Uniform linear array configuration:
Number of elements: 64
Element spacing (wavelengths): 0.5
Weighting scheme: uniform
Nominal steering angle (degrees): -60
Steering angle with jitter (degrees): -60.334
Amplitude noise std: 0.05
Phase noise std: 0.05

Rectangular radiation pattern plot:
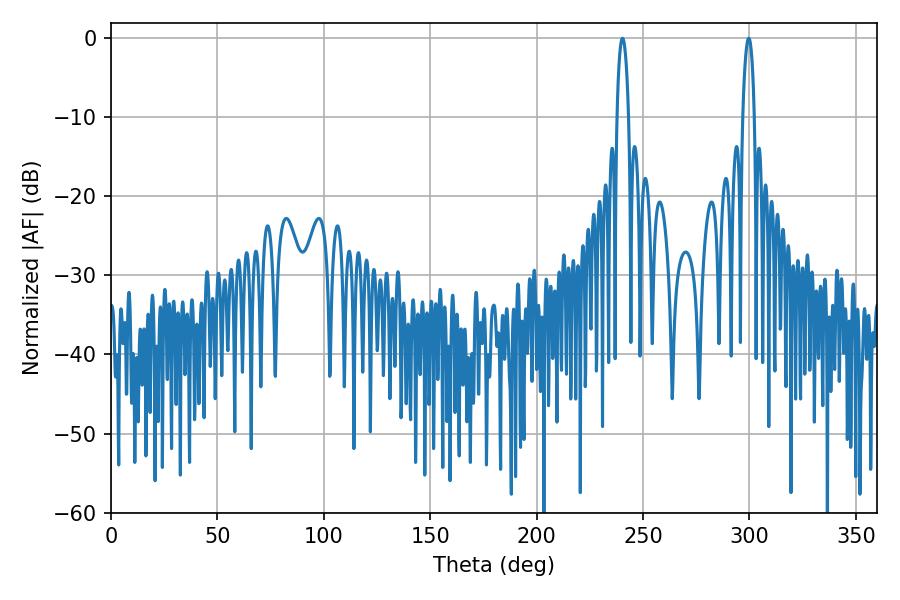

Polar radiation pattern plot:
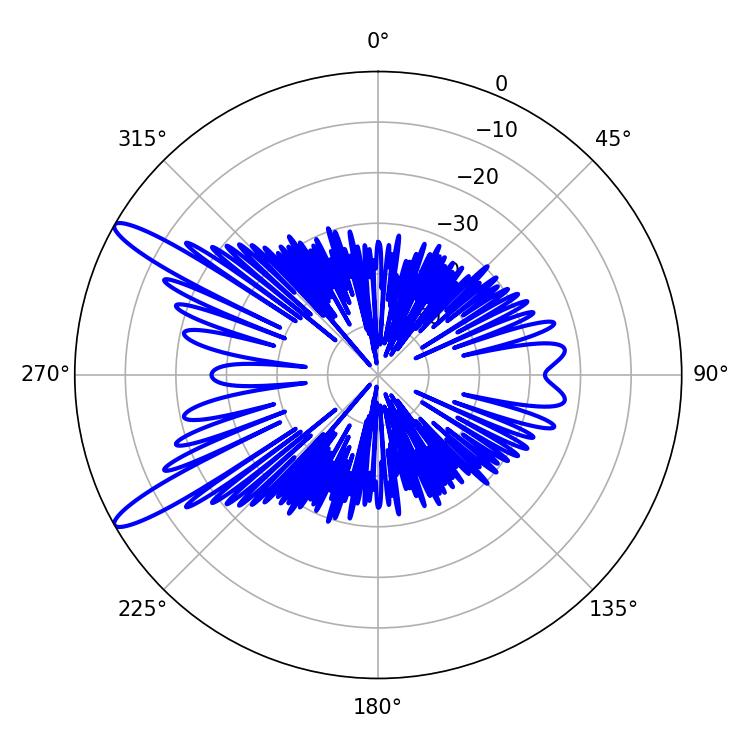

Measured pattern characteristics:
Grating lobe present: FALSE
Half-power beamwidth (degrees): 3.06
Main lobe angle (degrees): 240.3